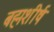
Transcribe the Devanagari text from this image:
बह्मशीर्ष